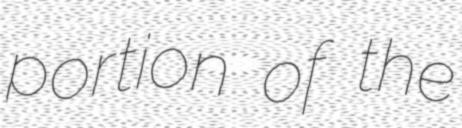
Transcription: portion of the